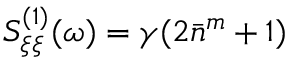
S _ { \xi \xi } ^ { ( 1 ) } ( \omega ) = \gamma ( 2 \bar { n } ^ { m } + 1 )